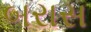
બરાસ